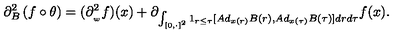
\partial _ { B } ^ { 2 } \left( f \circ \theta \right) = ( \partial _ { _ { w } } ^ { 2 } f ) ( x ) + \partial _ { \int _ { \lbrack 0 , \cdot ] ^ { 2 } } 1 _ { r \leq \tau } [ A d _ { x ( r ) } B ( r ) , A d _ { x ( \tau ) } B ( \tau ) ] d r d \tau } f ( x ) .